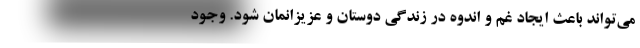
می‌تواند باعث ایجاد غم و اندوه در زندگی دوستان و عزیزانمان شود. وجود